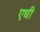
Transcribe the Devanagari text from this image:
एधी